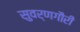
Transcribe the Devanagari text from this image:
सुवर्णगौरी